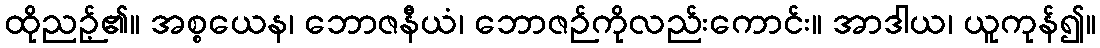
ထိုညဉ့်၏။ အစ္စယေန၊ ဘောဇနီယံ၊ ဘောဇဉ်ကိုလည်းကောင်း။ အာဒါယ၊ ယူကုန်၍။